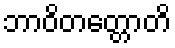
ဘာဝိတတ္တောတိ